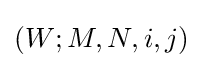
(W;M,N,i,j)